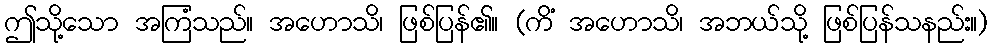
ဤသို့သော အကြံသည်။ အဟောသိ၊ ဖြစ်ပြန်၏။ (ကိံ အဟောသိ၊ အဘယ်သို့ ဖြစ်ပြန်သနည်း။)